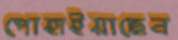
পোহাইয়াছেন